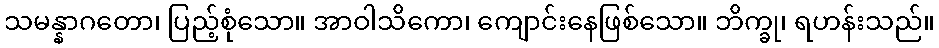
သမန္နာဂတော၊ ပြည့်စုံသော။ အာဝါသိကော၊ ကျောင်းနေဖြစ်သော။ ဘိက္ခု၊ ရဟန်းသည်။